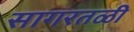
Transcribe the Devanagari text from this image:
सागरतळी